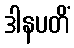
ဒါနပတိံ